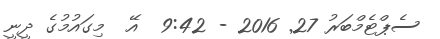
ސެޕްޓެމްބަރު 27